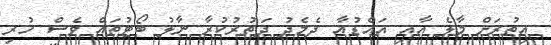
އިތުރަށް މާލެ އާއި އައްޑުއާ ދެމެދު ދަތުރުކުރާ ނާލު ބޯޓުތައް ވެސް ހުރި